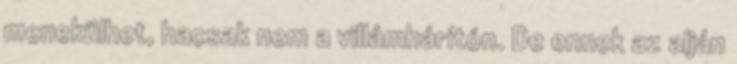
menekülhet, hacsak nem a villámhárítón. De ennek az alján